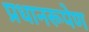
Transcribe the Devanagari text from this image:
प्रधानरूपेण